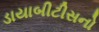
ડાયાબીટીસનો